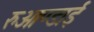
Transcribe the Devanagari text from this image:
रुआण्डाई